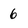
Character: 6